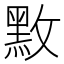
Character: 𪐫